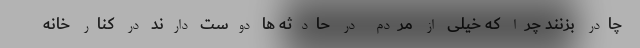
چادر بزنند چرا که خیلی از مردم در حادثه ها دوست دارند در کنار خانه